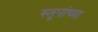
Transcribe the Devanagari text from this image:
स्तूपांच्या